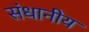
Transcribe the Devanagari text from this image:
संधानीय